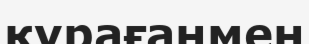
қурағанмен